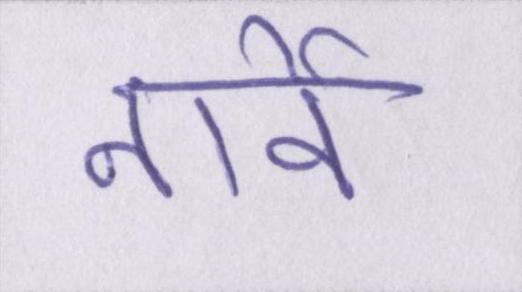
नार्वे